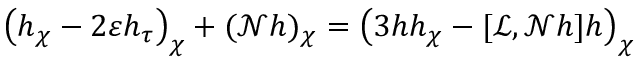
\left( h _ { \chi } - 2 \varepsilon h _ { \tau } \right) _ { \chi } + ( \mathscr { N } h ) _ { \chi } = \left( 3 h h _ { \chi } - [ \mathscr { L } , \mathscr { N } h ] h \right) _ { \chi }